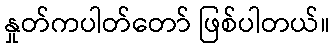
နှုတ်ကပါတ်တော် ဖြစ်ပါတယ်။